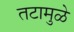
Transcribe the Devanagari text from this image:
तटामुळे